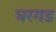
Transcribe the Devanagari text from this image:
घरगड